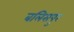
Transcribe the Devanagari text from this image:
बलिसपुर